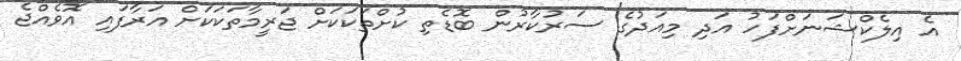
އެ އިލެކްޝަނަށްފަހު އަދި މިއަދުގެ ސަރުކާރުން ބޮޑެތި ކުށްތަކަކަށް ޖަރީމާތަކަކަށް އަރާފައި އޮވެއްޖެ